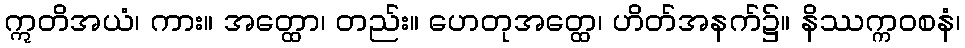
ဣတိအယံ၊ ကား။ အတ္ထော၊ တည်း။ ဟေတုအတ္ထေ၊ ဟိတ်အနက်၌။ နိဿက္ကဝစနံ၊